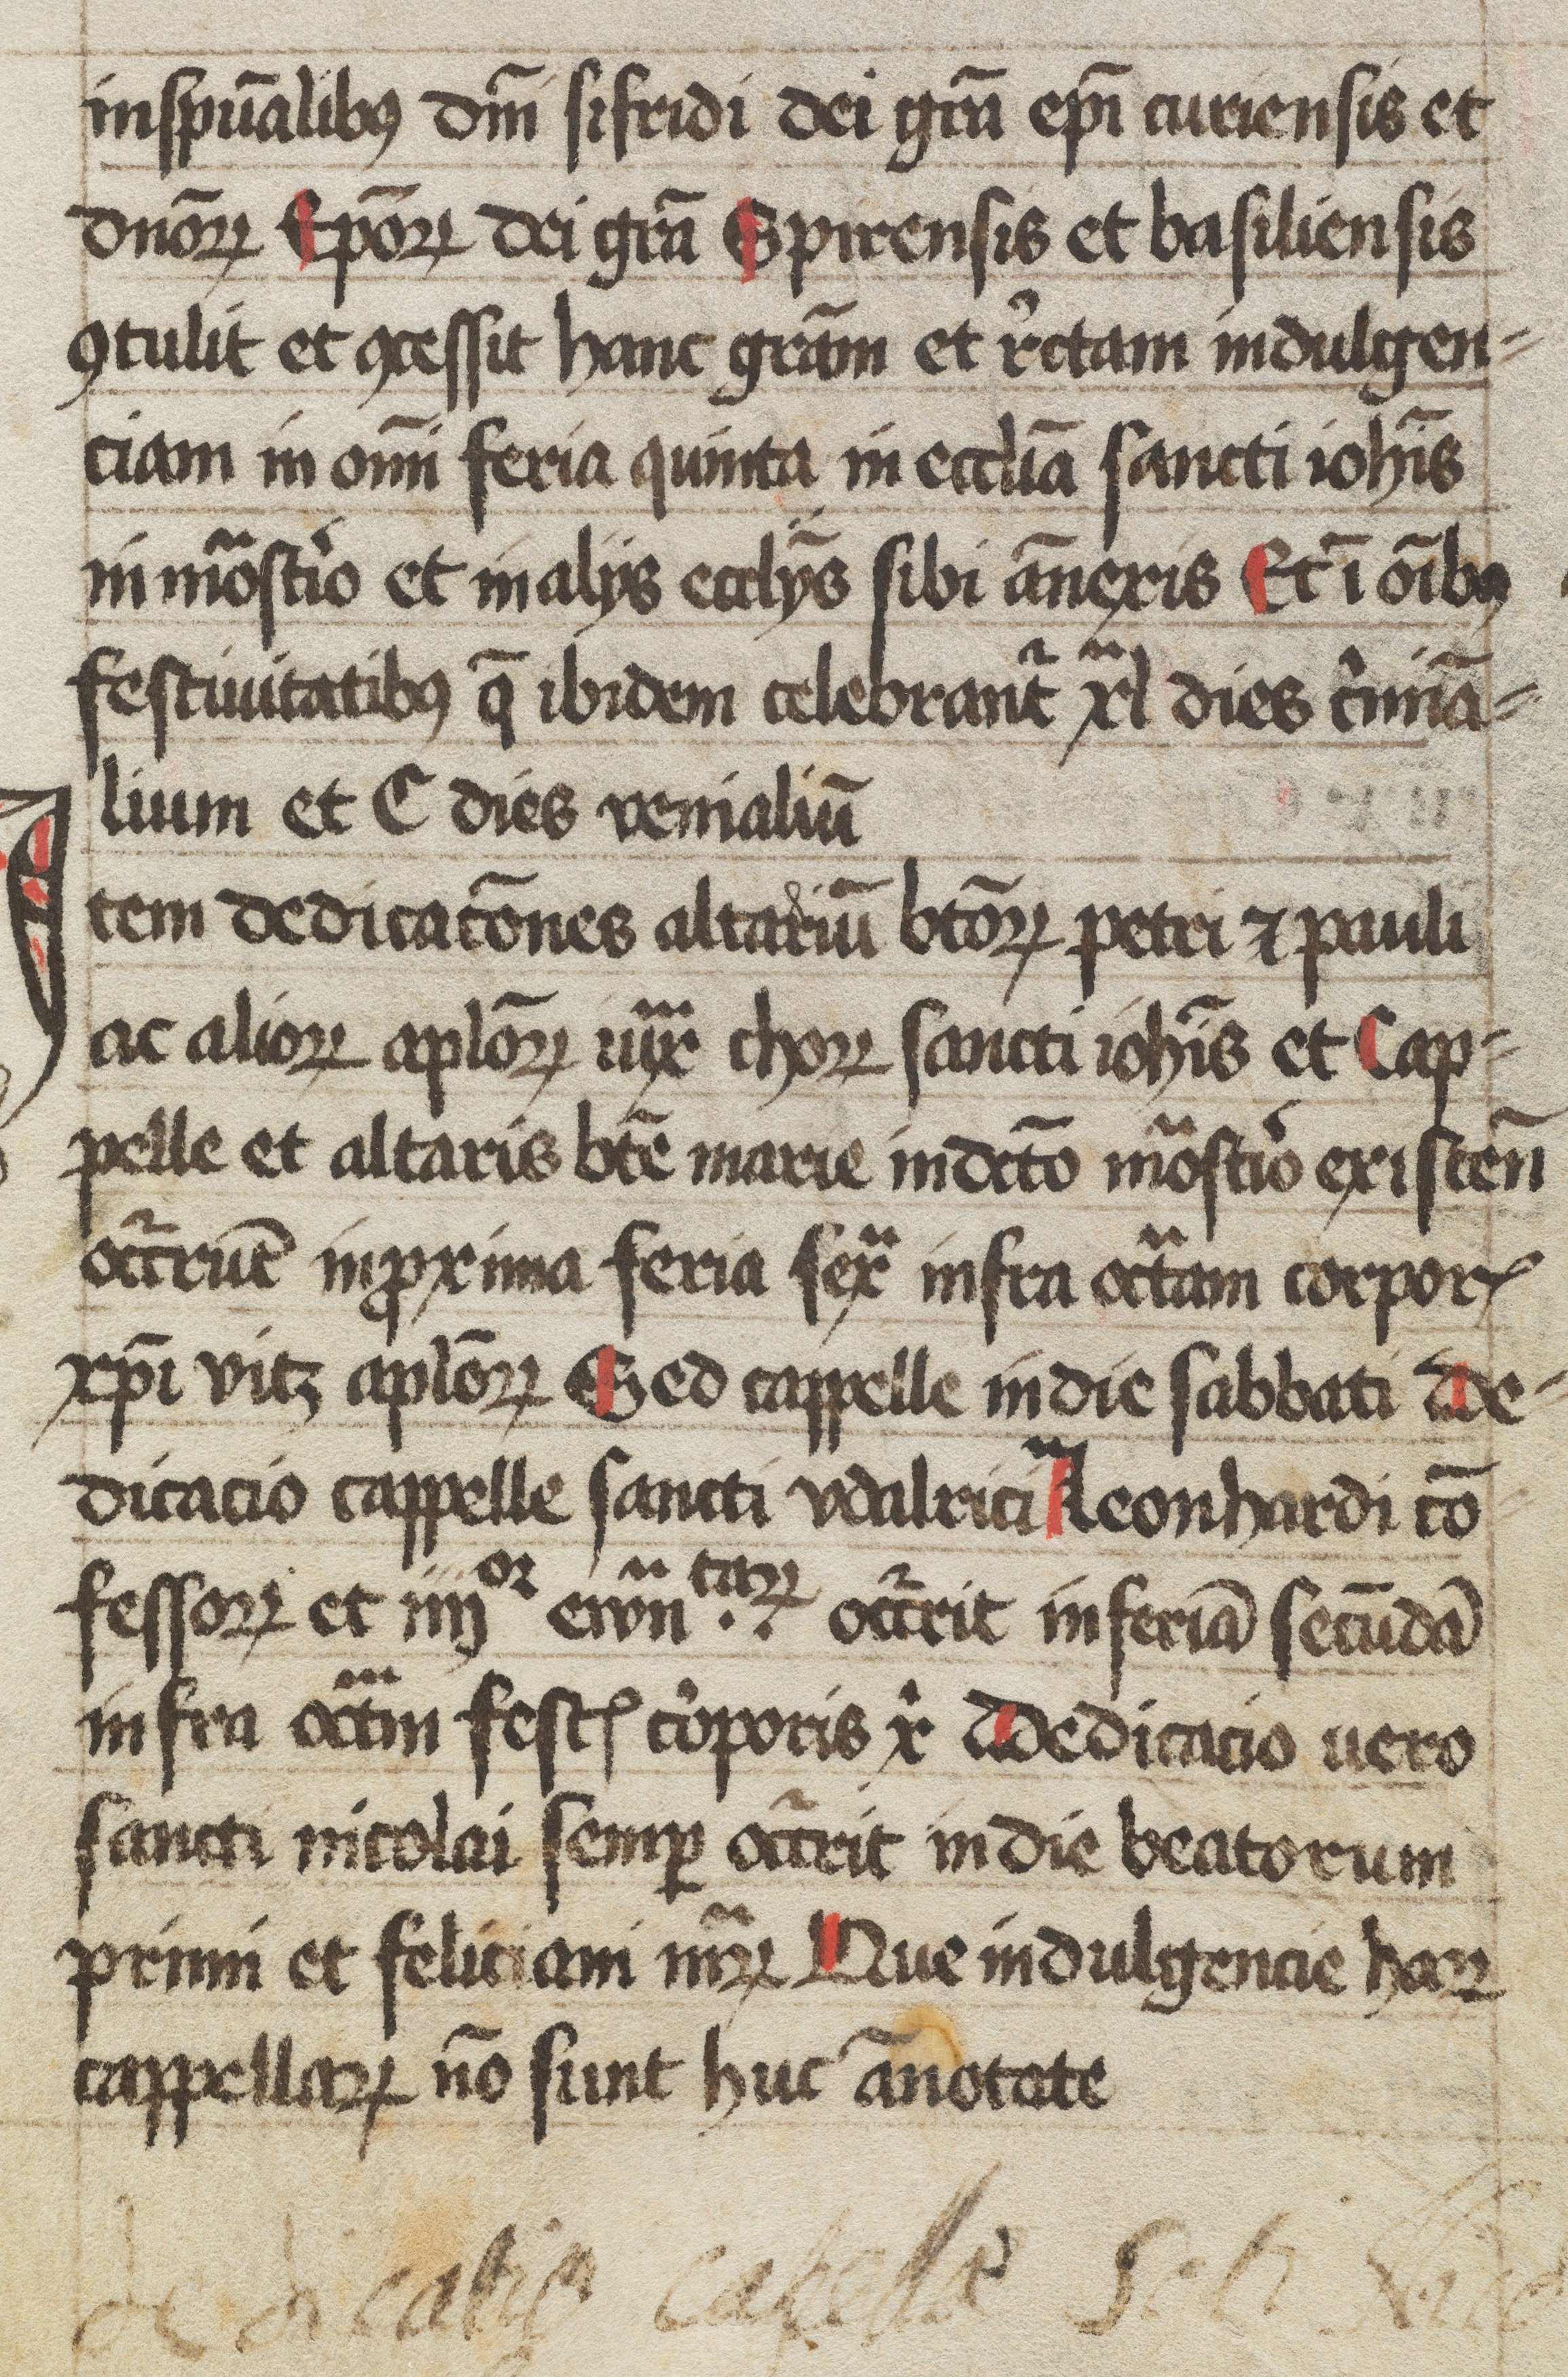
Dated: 1445–1475